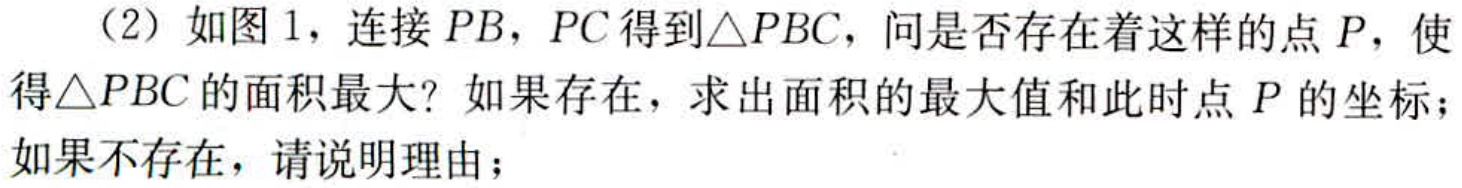
（2）如图1，连接 \(PB\)，\(PC\) 得到\(\triangle PBC\)，问是否存在着这样的点 \(P\)，使得\(\triangle PBC\) 的面积最大？如果存在，求出面积的最大值和此时点 \(P\) 的坐标；如果不存在，请说明理由；